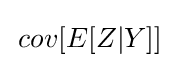
\,cov[E[Z|Y]]